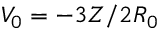
V _ { 0 } = - 3 Z / 2 R _ { 0 }